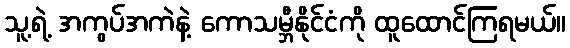
သူ့ရဲ့ အကွပ်အကဲနဲ့ ကောသမ္ဘီနိုင်ငံကို ထူထောင်ကြရမယ်။